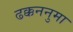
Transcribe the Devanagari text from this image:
ढक्कननुमा